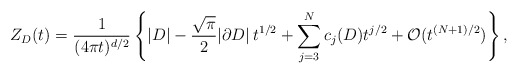
\begin{align*}Z_D(t)=\frac{1}{(4\pi t)^{d/2}}\left\{|D| -\frac{\sqrt{\pi}}{2}|\partial D|\,t^{1/2}+\sum_{j=3}^N c{_j}(D) t^{j/2}+ \mathcal{O}(t^{{(N+1)}/2})\right\}, \end{align*}